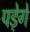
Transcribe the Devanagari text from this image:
पडे़गे